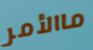
ماالأمر